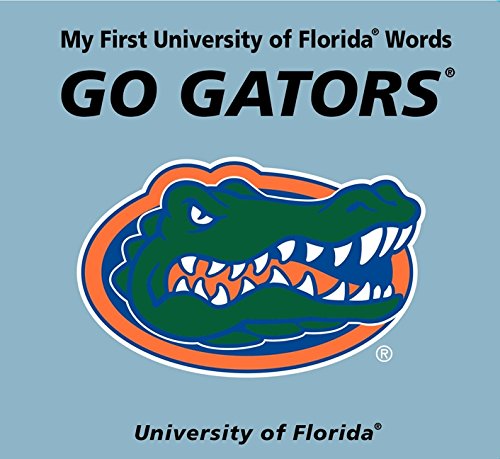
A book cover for My First University of Florida Words Go Gators; Connie McNamara; Humor & Entertainment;